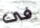
فى